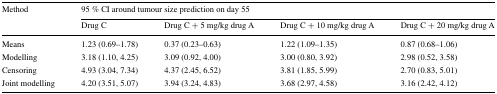
<table><thead><tr><td rowspan="2"><b>Method</b></td><td colspan="4"><b>95 % CI around tumour size prediction on day 55</b></td></tr><tr><td><b>Drug C</b></td><td><b>Drug C + 5 mg/kg drug A</b></td><td><b>Drug C + 10 mg/kg drug A</b></td><td><b>Drug C + 20 mg/kg drug A</b></td></tr></thead><tbody><tr><td>Means</td><td>1.23 (0.69–1.78)</td><td>0.37 (0.23–0.63)</td><td>1.22 (1.09–1.35)</td><td>0.87 (0.68–1.06)</td></tr><tr><td>Modelling</td><td>3.18 (1.10, 4.25)</td><td>3.09 (0.92, 4.00)</td><td>3.00 (0.80, 3.92)</td><td>2.98 (0.52, 3.58)</td></tr><tr><td>Censoring</td><td>4.93 (3.04, 7.34)</td><td>4.37 (2.45, 6.52)</td><td>3.81 (1.85, 5.99)</td><td>2.70 (0.83, 5.01)</td></tr><tr><td>Joint modelling</td><td>4.20 (3.51, 5.07)</td><td>3.94 (3.24, 4.83)</td><td>3.68 (2.97, 4.58)</td><td>3.16 (2.42, 4.12)</td></tr></tbody></table>